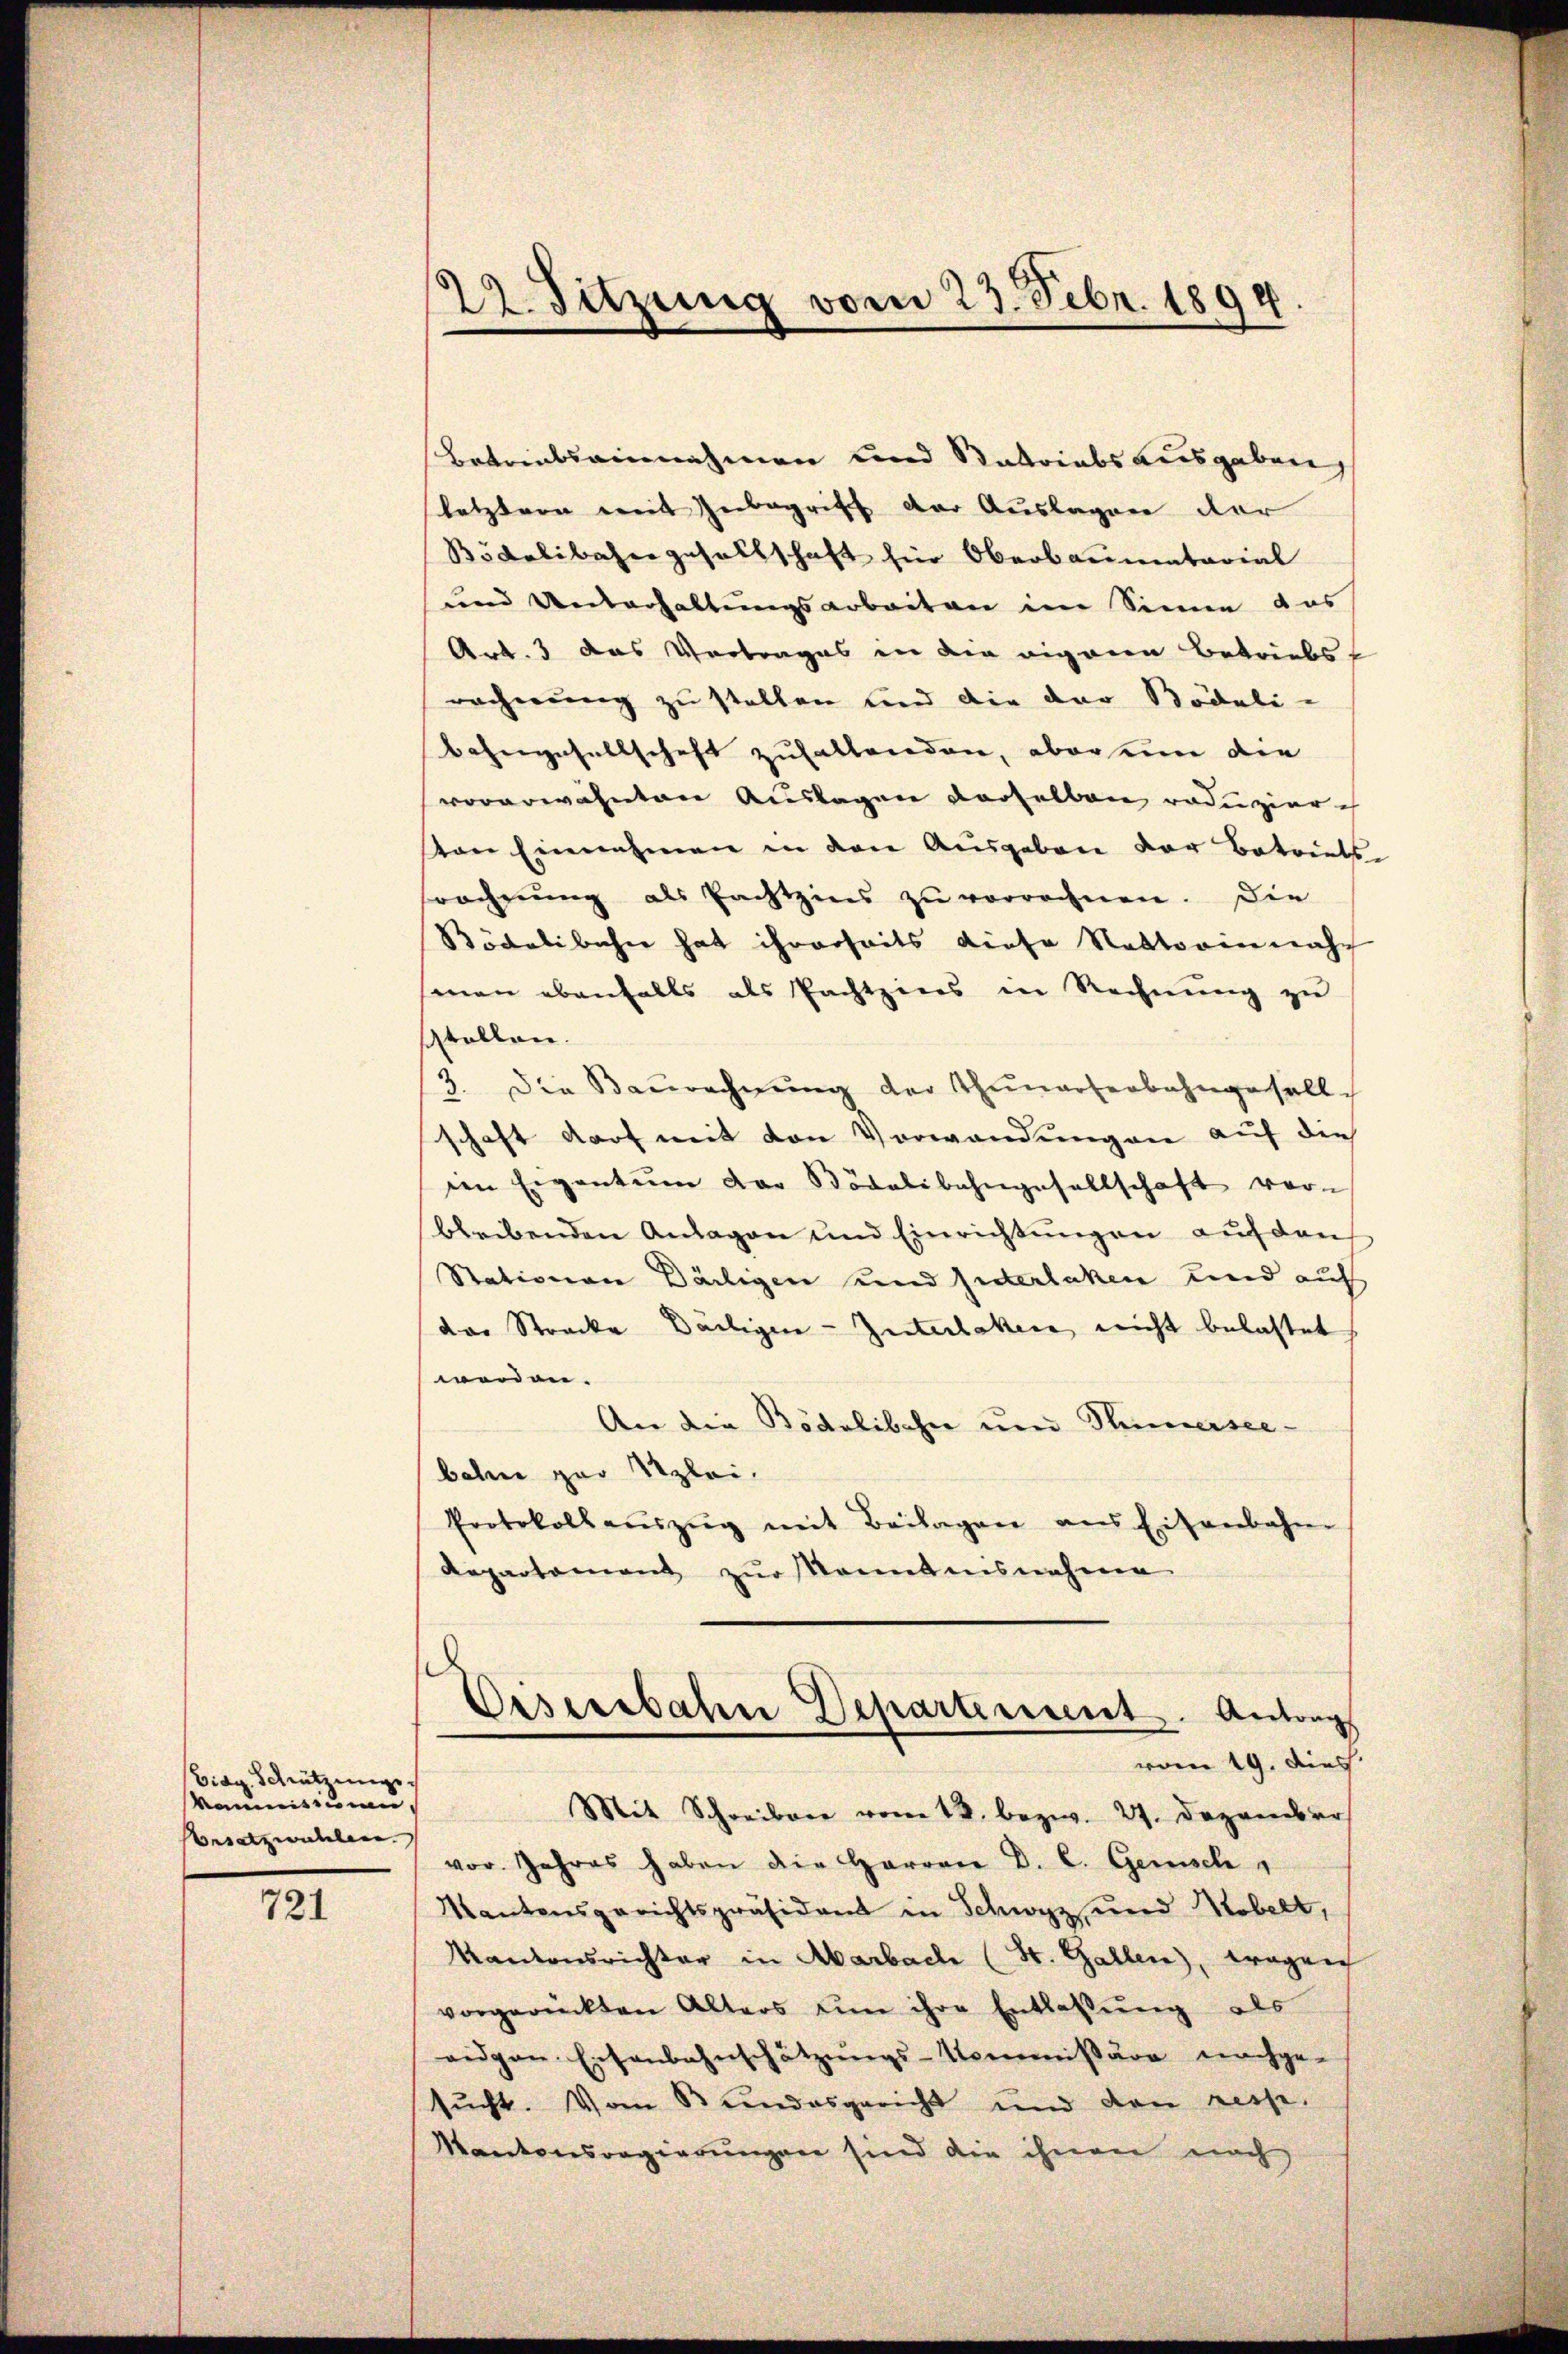
Eidg. Schrützenge
komnisierau
Besatzwahlen.

721

22. Sitzung vom 23. Febr. 1899.

Betriebsainnahmen und Stadriabsausgaben
letztern mit Inbegriff der Auslagen der
Bödelibahngesellschaft für Oberbaumentarial
und Unterhaltungsarbeiten im Sinne das
Art. 3 das Vertrages in die eigenen Betriebs
recherung zu stellen und die der Bödeli-
bahngesellschaft zuhaltenden, obersen die
vorerwähnten Auslagen derselben reduziere
ston Einnahmen in den Ausgeben der Betriebs
rechnung als Pachtzins zu verrechnen. Die
Bödelibacher hat ihrerheits diese Nettorin nach
sinen ebenfalls als Pachtzins in Rechnŭng zu
sstellen.
3. Die Baŭrechnŭng der Thunarterbahngesell
schaft darf mit den Vorwandungen auf die
im Eigentum der Bödelibahngesellschaft vorbleibenden Anlagen und Einrichtungen auf den
Stationen Dälligen und Interlaken und auf
das Strecke Beiligen-Interlaken nicht belastet
werden.
An die Bödelibahn und Stimmersee-
bahn par Klei¬
Protokollaŭszŭg mit Beilagen aus Eisenbahne
Repartement zur kanntnisnahme
.
Eisenbahn Departement. Antrags
vom 19. dies
Mit Schreiben vom 13. bezw. 27. Dezember
vor. Jahres haben die Herren D. C. Gemisch,
Kantonsgerichtspräsident in Schwyz und Kobelt,
Kantonsrichter in Aarbach (St. Gallen, tragen
vorgerückten Alters um ihre Entlassŭng als
aidgen. Eisenbahnschätzŭngs-Kommißäre nachge-
sucht. Vom Bundesgericht und den reise
Kantonsregierŭngen sind die ihnen nach